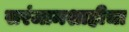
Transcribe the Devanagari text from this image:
सरंजामशाहीचा